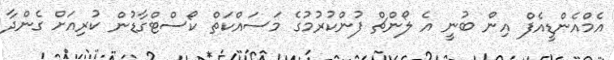
އެމްއެންޑީއެފް އިން ބުނީ އެ ލޯންޗް ފުންކުރުމުގެ މަސައްކަތް ކޯސްޓްގާޑުން ކުރިއަށް ގެންދާ